Vaccination in Bombay 1902-1912 - 1902-1912
Year: 1902
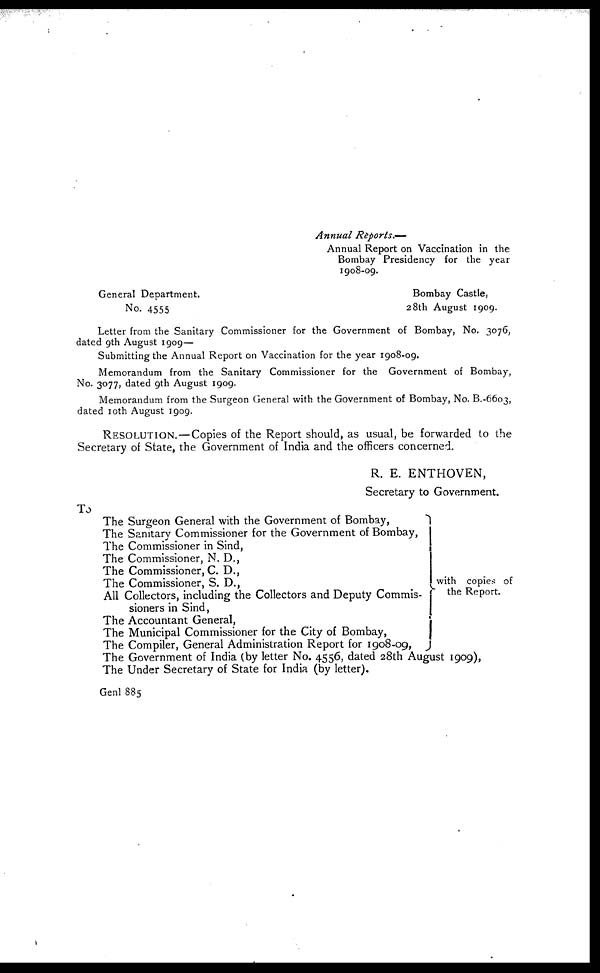
Annual
Reports.—
Annual Report on Vaccination in the
Bombay Presidency for the year
1908-09.
General Department.
No. 4555
Bombay Castle,
28th August 1909.
Letter from the Sanitary Commissioner for the Government of Bombay, No. 3076,
dated 9th August 1909—
Submitting the Annual Report on Vaccination for the year 1908-09.
Memorandum from the Sanitary Commissioner for the Government of Bombay,
No. 3077, dated 9th August 1909.
Memorandum from the Surgeon General with the Government of Bombay, No. B.-6603,
dated 10th August 1909.
RESOLUTION.—Copies of the Report should, as usual, be forwarded to the
Secretary of State, the Government of India and the officers concerned.
R. E. ENTHOVEN,
Secretary to Government.
To
The Surgeon General with the Government of Bombay,
The Sanitary Commissioner for the Government of Bombay,
The Commissioner in Sind,
The Commissioner, N. D.,
The Commissioner, C. D.,
The Commissioner, S. D.,
All Collectors, including the Collectors and Deputy Commis-
sioners in Sind,
The Accountant General,
The Municipal Commissioner for the City of Bombay,
The Compiler, General Administration Report for 1908-09,
with copies of
the Report.
The Government of India (by letter No. 4556, dated 28th August 1909),
The Under Secretary of State for India (by letter).
Genl 885